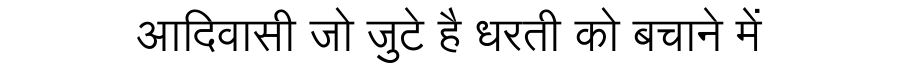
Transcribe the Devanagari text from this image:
आदिवासी जो जुटे है धरती को बचाने में